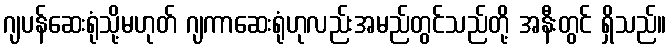
ဂျပန်ဆေးရုံသို့မဟုတ် ဂျကာဆေးရုံဟုလည်းအမည်တွင်သည်တို့ အနီးတွင် ရှိသည်။